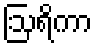
ဩရိကာ